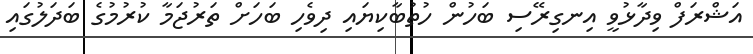
އަޝްރަފް ވިދާޅުވީ އިނގިރޭސި ބަހުން ހުތުބާކިޔައި ދިވެހި ބަހަށް ތަރުޖަމާ ކުރުމުގެ ބަދަލުގައި